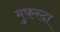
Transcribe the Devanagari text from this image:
मुफरदा